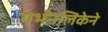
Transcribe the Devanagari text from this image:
गर्भनलिकेने